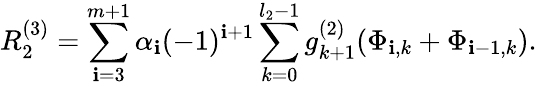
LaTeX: R_{2}^{\left(3\right)}=\sum_{\mathbf{i}=3}^{m+1}\alpha_{\mathbf{i}}(-1)^{\mathbf{i}+1}\sum_{k=0}^{l_{2}-1}g_{k+1}^{\left(2\right)}(\Phi_{\mathbf{i},k}+\Phi_{\mathbf{i}-1,k}).